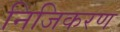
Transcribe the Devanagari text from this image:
निजिकरण